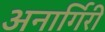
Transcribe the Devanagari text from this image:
अनार्गिरी